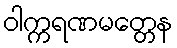
ဝါက္ကရဏမတ္တေန